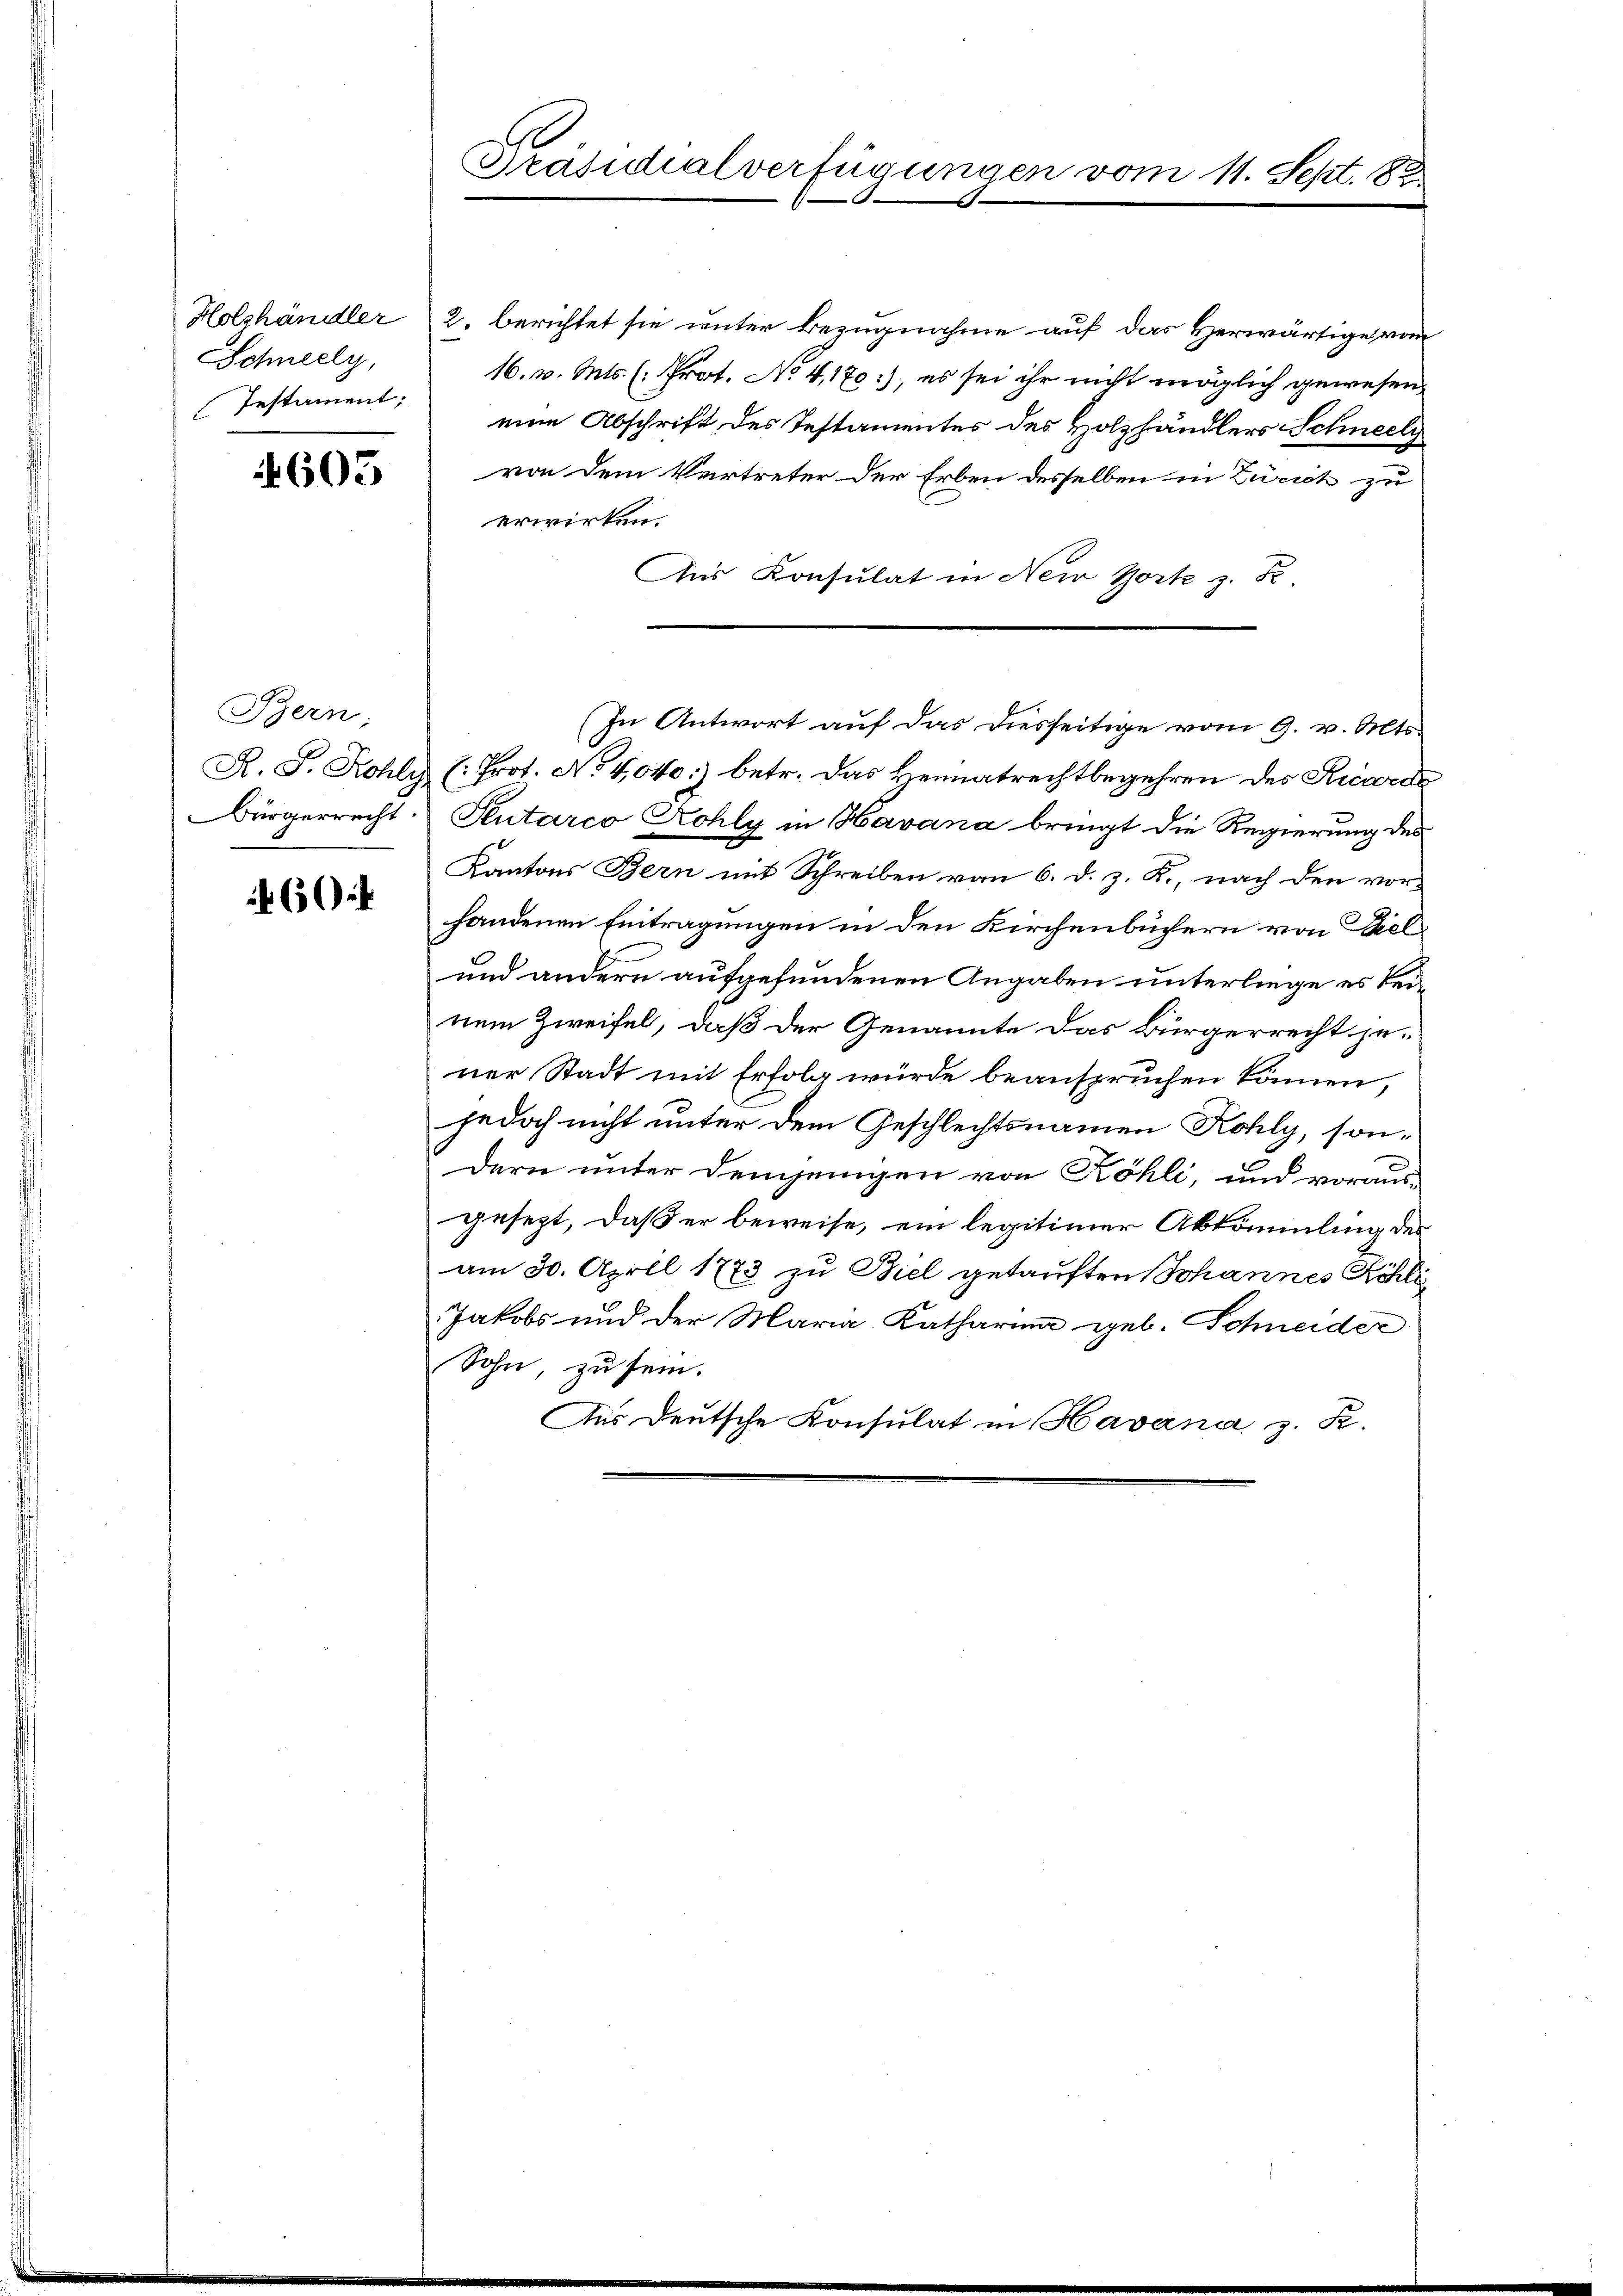
Schneely,
Testament;

4605

Bern,
R. S. Kohly
Bürgerrecht.

6

Präsidialverfügungen vom 11. Sept. 88.

Holzhändler 2. berichtet sie unter Bezugnahme auf das Herwärtige vom
16. v. Mts. (: Prot. No 4,170:), es sei ihr nicht möglich gewesen,
eine Abschrift des Testamentes des Holzhändlers Schneely
von dem Vertreter der Erben desselben in Zürich zu
erwirken.
Aus Konsulat in New York z. B.
(: Prot. No 4,040:) betr. Das Heimatrechtbegehren des Ricorde
Peutarco Rohly in Havana bringt die Regierung des
Kantons Bern mit Schreiben von 6. d. z. R., nach den vor-
handenen Eintragungen in den Kirchenbüchern von Bel¬
und andern aufgefundenen Angaben unterliege es keinem Zweifel, daß der Genannte das Bürgerrecht jener Stadt mit Erfolg würde beanspruchen können,
jedoch nicht unter dem Geschlechtsnamen Kohly, sondern unter demjenigen von Köhli, und voraus-
gesezt, daß er beweise, ein legitimer Abkömmling des
am 30. April 1773 zu Biel getauften Johannes Köhle
Jakobs und der Maria Katharina geb. Schneider
Sohn, zu sein.
Aus deutsche Konsulat in Havana z. R.

In Antwort auf das diesseitige vom 9. v. Mts.